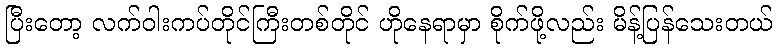
ပြီးတော့ လက်ဝါးကပ်တိုင်ကြီးတစ်တိုင် ဟိုနေရာမှာ စိုက်ဖို့လည်း မိန့်ပြန်သေးတယ်